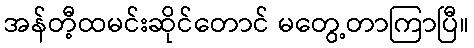
အန်တီ့ထမင်းဆိုင်တောင် မတွေ့တာကြာပြီ။